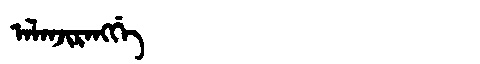
Manchu: ᠠᠯᠠᠨᠵᡳᡵᠠᠩᡤᡝ
Romanization: ALANJIRANGGE